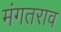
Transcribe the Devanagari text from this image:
मंगतराव